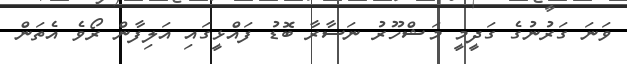
ވަނަ ގަރުނުގެ ގަދީމީ މަޝްހޫރު ނަސާރާ ބޮޑު ފައްޅީގައި އަލިފާން ރޯވެ އެތަން